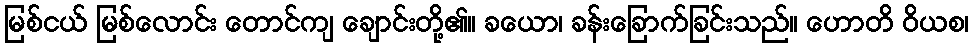
မြစ်ငယ် မြစ်လောင်း တောင်ကျ ချောင်းတို့၏။ ခယော၊ ခန်းခြောက်ခြင်းသည်။ ဟောတိ ဝိယစ၊